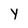
Character: y